Indian journal of veterinary science and animal husbandry - Volumes 18-21, 1948-1951
Year: 1948
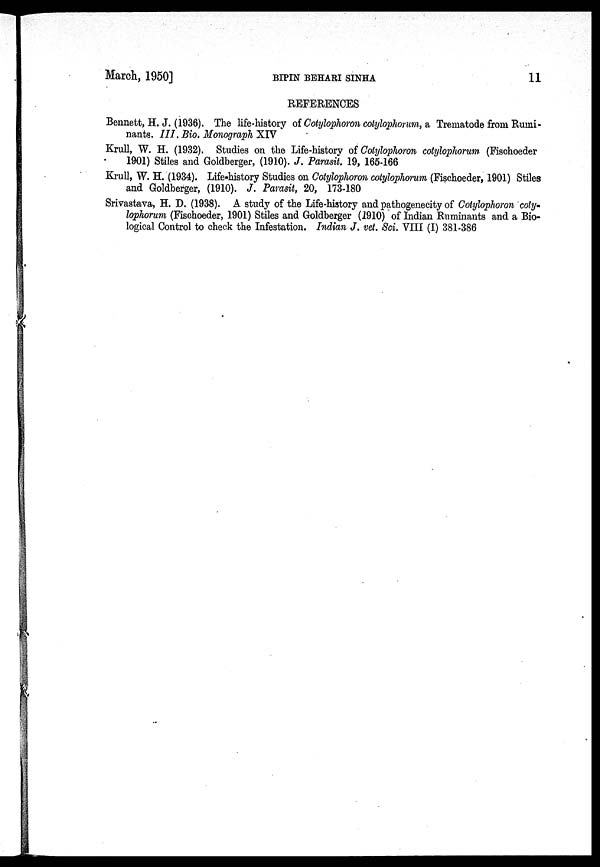
March, 1950]
BIPIN
BEHARI
SINHA
11
REFERENCES
Bennett, H. J. (1936). The life-history of Cotylophoron cotylophorum, a Trematode from Rumi-
nants. III. Bio. Monograph XIV
Krull, W. H. (1932). Studies on the Life-history of Cotylophoron cotylophorum (Fischoeder
1901) Stiles and Goldberger, (1910). J. Parasit. 19, 165-166
Krull, W. H. (1934). Life-history Studies on Cotylophoron cotylophorum (Fischoeder, 1901) Stiles
and Goldberger, (1910). J. Parasit, 20, 173-180
Srivastava, H. D. (1938). A study of the Life-history and pathogenecity of Cotylophoron coty-
lophorum (Fischoeder, 1901) Stiles and Goldberger (1910) of Indian Ruminants and a Bio-
logical Control to check the Infestation. Indian J. vet. Sci. VIII (I) 381-386